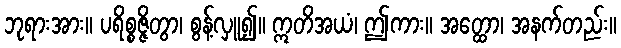
ဘုရားအား။ ပရိစ္စဇ္ဇိတွာ၊ စွန့်လှူ၍။ ဣတိအယံ၊ ဤကား။ အတ္ထော၊ အနက်တည်း။